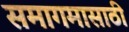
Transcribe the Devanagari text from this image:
समागमासाठी